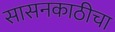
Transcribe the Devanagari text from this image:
सासनकाठीचा